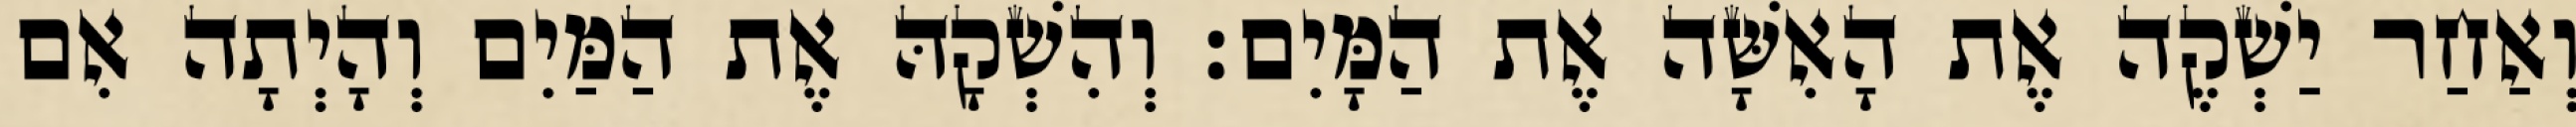
וְאַחַר יַשְׁקֶה אֶת הָאִשָּׁה אֶת הַמָּיִם׃ וְהִשְׁקָהּ אֶת הַמַּיִם וְהָיְתָה אִם